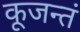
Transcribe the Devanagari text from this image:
कूजन्तं